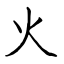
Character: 火